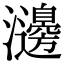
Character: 𤄺